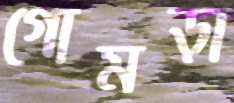
গোমড়া